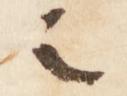
之